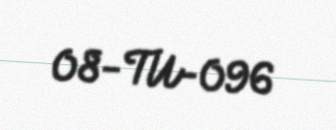
08-TU-096